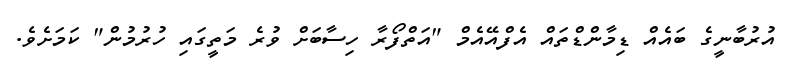
އުރުބާނީގެ ބައެއް ޑިމާންޑްތައް އެފްއޭއެމް "އަތްފޯރާ ހިސާބަށް ވުރެ މަތީގައި ހުރުމުން" ކަމަށެވެ.